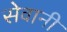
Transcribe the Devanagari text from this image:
सेवानी